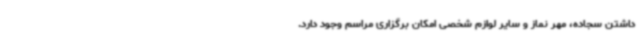
داشتن سجاده، مهر نماز و سایر لوازم شخصی امکان برگزاری مراسم وجود دارد.